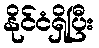
နိုင်ငံရှိပြီး